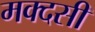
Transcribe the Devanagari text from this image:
मक्दसी